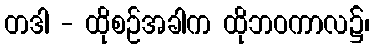
တဒါ - ထိုစဉ်အခါက ထိုဘဝကာလ၌၊